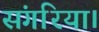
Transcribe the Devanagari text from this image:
संगरिया।